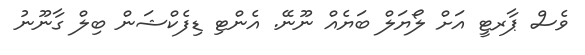
ވެސް ޕާރޓީ އަށް ލޯޔަލް ބަޔެއް ނޫނޭ. އެންޓި ޑިފެކްޝަން ބިލް ގާނޫނު